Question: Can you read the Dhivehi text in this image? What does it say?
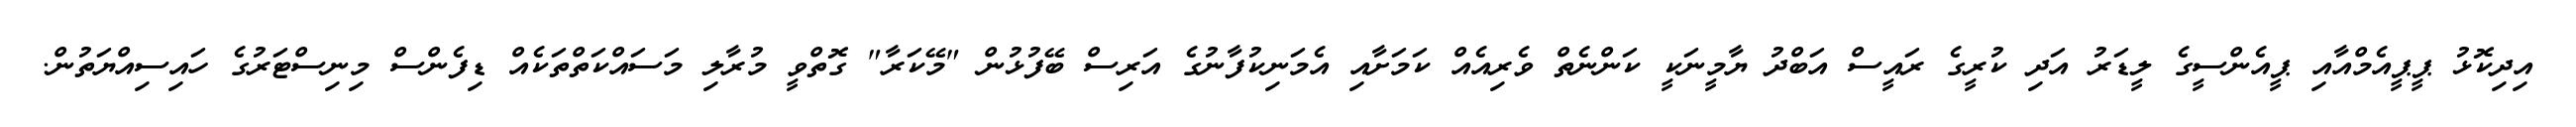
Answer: އިދިކޮޅު ޕީޕީއެމްއާއި ޕީއެންސީގެ ލީޑަރު އަދި ކުރީގެ ރައީސް އަބްދު ޔާމީނަކީ ކަންނެތް ވެރިއެއް ކަމަށާއި އެމަނިކުފާނުގެ އަރިސް ބޭފުޅުން "މޭކަރާ" ގޮތްވީ މުރާލި މަސައްކަތްތަކެއް ޑިފެންސް މިނިސްޓަރުގެ ހައިސިއްޔަތުން.